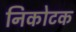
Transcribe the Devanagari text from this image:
निकोटक